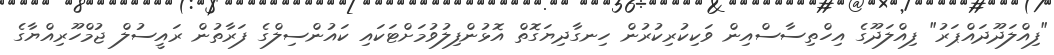
"ފިއްލަދޫދައްޕަރު" ފިއްލަދޫގެ އިހްތިސާސްއިން ވަކިކުރިކުރުން ހިނގާދިޔަގޮތް އޮޅުންފިލުވުމަށްޓަކައި ކައުންސިލްގެ ފަރާތުން ރައީސުލް ޖުމްހޫރިއްޔާގެ